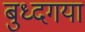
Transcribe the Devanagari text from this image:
बुध्दगया